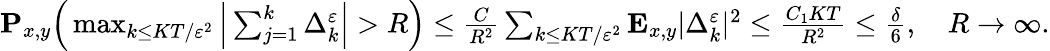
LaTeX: \begin{array}{r}{\mathbf{P}_{x,y}\Big(\operatorname*{max}_{k\leq KT/\varepsilon^{2}}\Big|\sum_{j=1}^{k}\Delta_{k}^{\varepsilon}\Big|>R\Big)\leq\frac{C}{R^{2}}\sum_{k\leq KT/\varepsilon^{2}}\mathbf{E}_{x,y}|\Delta_{k}^{\varepsilon}|^{2}\leq\frac{C_{1}KT}{R^{2}}\leq\frac{\delta}{6},\quad R\to\infty.}\end{array}